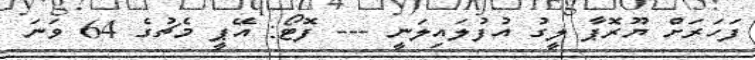
ފަހަރަށް ޔޫރޮޕާ ލީގު އުފުލައިލަނީ --- ފޮޓޯ: އޭޕީ މެޗުގެ 64 ވަނަ